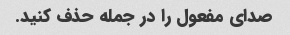
صدای مفعول را در جمله حذف کنید.